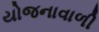
યોજનાવાળી